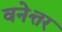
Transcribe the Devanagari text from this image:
वनेत्तर